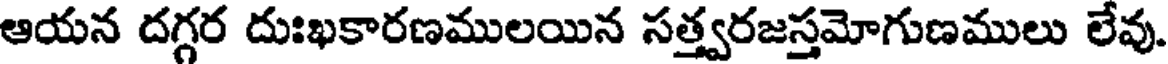
ఆయన దగ్గర దుఃఖకారణములయిన సత్త్వరజస్తమోగుణములు లేవు.